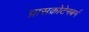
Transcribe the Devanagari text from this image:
ग्रासक्रोटेनबर्ग